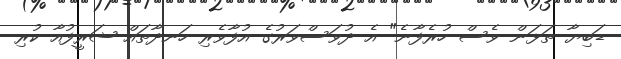
ޑަބިޔާ ތަޅަން ވެސް ހުރެފާނެ" އެ ދުވަސްވަރުގެ އުފާވެރި ހަނދާތައް ޝަރީފުއާ ކުރި